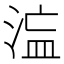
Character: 𭰻